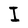
Character: I